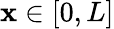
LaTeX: \mathbf{x}\in[0,L]